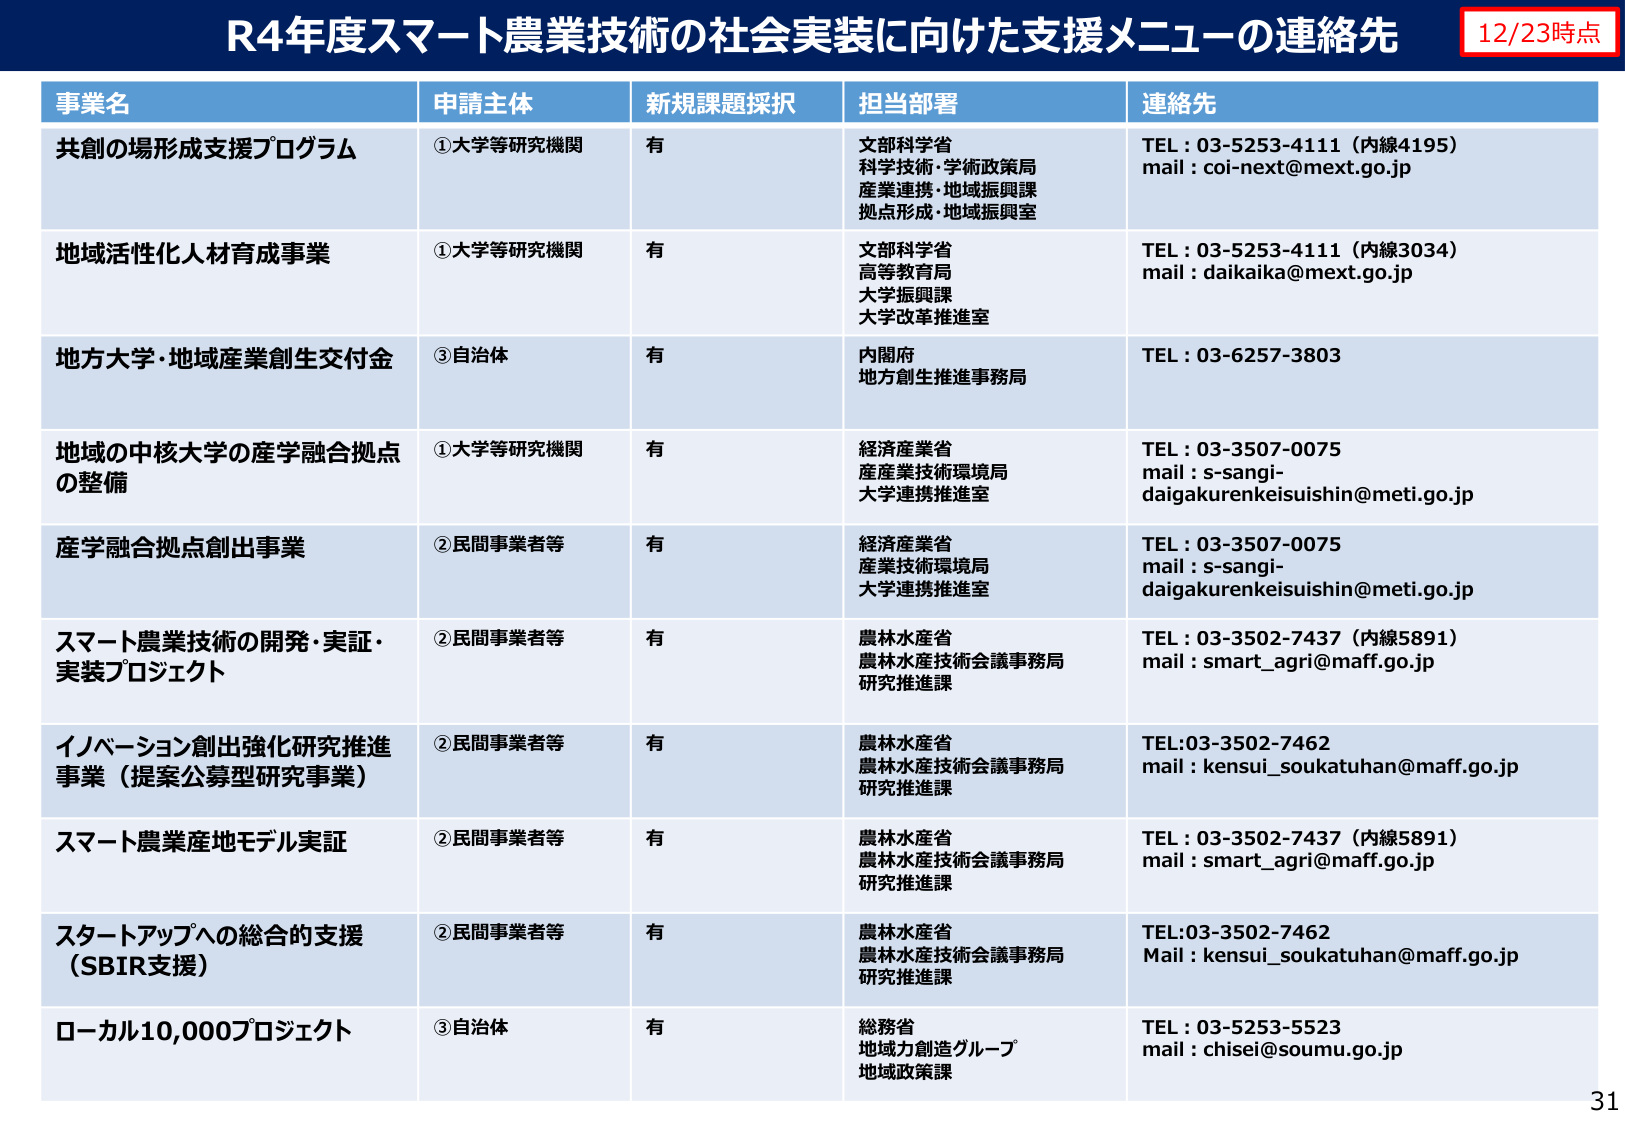
R4年度スマート農業技術の社会実装に向けた支援メニューの連絡先
12/23時点

事業名 申請主体 新規課題採択 担当部署 連絡先

共創の場形成支援プログラム ①大学等研究機関 有 文部科学省 科学技術・学術政策局 産業連携・地域振興課 拠点形成・地域振興室 TEL：03-5253-4111（内線4195） mail：coi-next@mext.go.jp

地域活性化人材育成事業 ①大学等研究機関 有 文部科学省 高等教育局 大学振興課 大学改革推進室 TEL：03-5253-4111（内線3034） mail：daikaika@mext.go.jp

地方大学・地域産業創生交付金 ③自治体 有 内閣府 地方創生推進事務局 TEL：03-6257-3803

地域の中核大学の産学融合拠点の整備 ①大学等研究機関 有 経済産業省 産産業技術環境局 大学連携推進室 TEL：03-3507-0075 mail：s-sangi-daigakurenkeisuishin@meti.go.jp

産学融合拠点創出事業 ②民間事業者等 有 経済産業省 産業技術環境局 大学連携推進室 TEL：03-3507-0075 mail：s-sangi-daigakurenkeisuishin@meti.go.jp

スマート農業技術の開発・実証・実装プロジェクト ②民間事業者等 有 農林水産省 農林水産技術会議事務局 研究推進課 TEL：03-3502-7437（内線5891） mail：smart_agri@maff.go.jp

イノベーション創出強化研究推進事業（提案公募型研究事業） ②民間事業者等 有 農林水産省 農林水産技術会議事務局 研究推進課 TEL:03-3502-7462 mail：kensui_soukatahuan@maff.go.jp

スマート農業産地モデル実証 ②民間事業者等 有 農林水産省 農林水産技術会議事務局 研究推進課 TEL：03-3502-7437（内線5891） mail：smart_agri@maff.go.jp

スタートアップへの総合的支援（SBIR支援） ②民間事業者等 有 農林水産省 農林水産技術会議事務局 研究推進課 TEL:03-3502-7462 Mail：kensui_soukatahuan@maff.go.jp

ローカル10,000プロジェクト ③自治体 有 総務省 地域力創造グループ 地域政策課 TEL：03-5253-5523 mail：chisei@soumu.go.jp

31